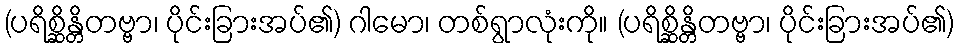
(ပရိစ္ဆိန္တိတဗ္ဗာ၊ ပိုင်းခြားအပ်၏) ဂါမော၊ တစ်ရွာလုံးကို။ (ပရိစ္ဆိန္တိတဗ္ဗာ၊ ပိုင်းခြားအပ်၏)